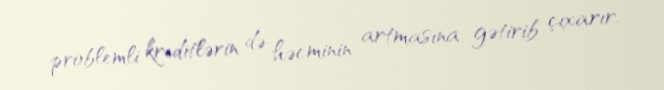
problemli kreditlərin də həcminin artmasına gətirib çıxarır.